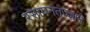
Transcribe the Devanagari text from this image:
रसायनतज्ज्ञाने